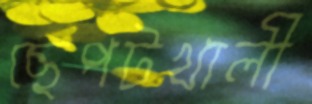
ছেপটখালী